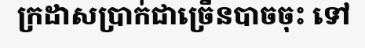
ក្រដាសប្រាក់ជាច្រើនបាចចុះ ទៅ